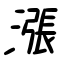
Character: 漲